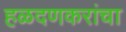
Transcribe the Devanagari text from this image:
हळदणकरांचा